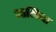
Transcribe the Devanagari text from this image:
आमिना